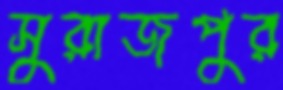
সুরাজপুর